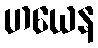
ဟယေန